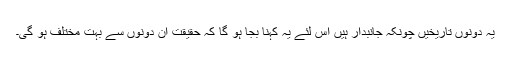
یہ دونوں تاریخیں چونکہ جانبدار ہیں اس لئے یہ کہنا بجا ہو گا کہ حقیقت ان دونوں سے بہت مختلف ہو گی۔